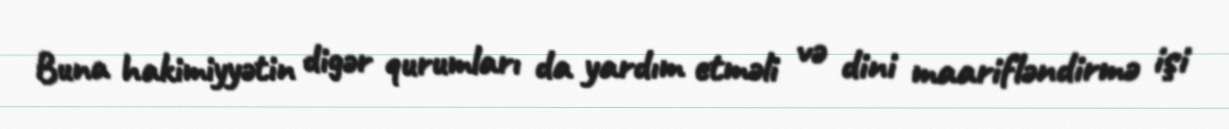
Buna hakimiyyətin digər qurumları da yardım etməli və dini maarifləndirmə işi